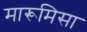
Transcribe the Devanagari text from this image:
मारूमिसा